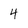
Character: 4